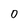
Character: 0